Annual administration report of the Civil Veterinary Department of India - 1895-1896
Year: 1895
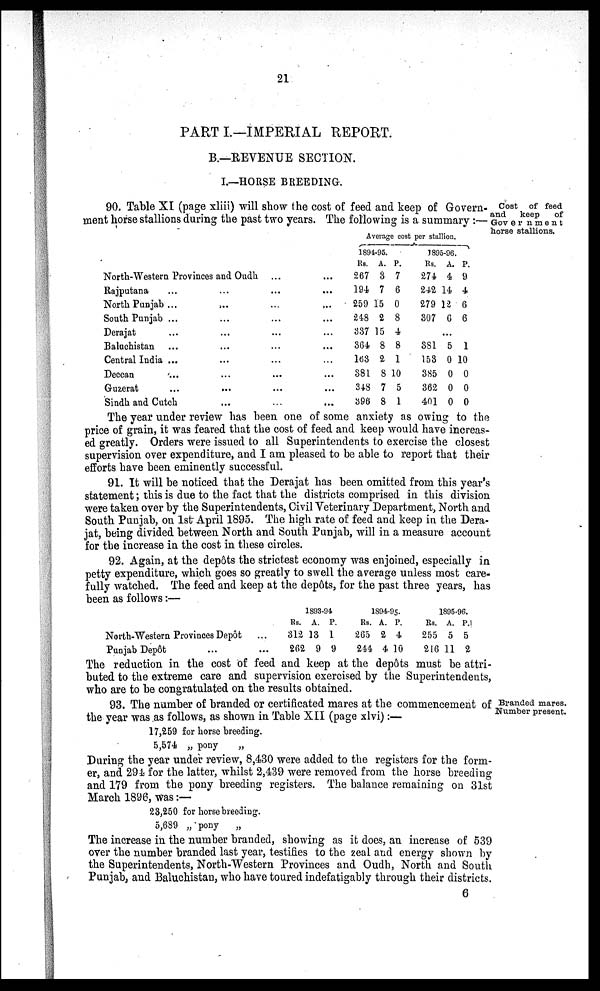
21
PART I.—IMPERIAL REPORT.
B.—REVENUE SECTION.
I.—HORSE BREEDING.
Cost of feed
and keep of
Government
horse stallions.
90. Table XI (page xliii) will show the cost of feed and keep of Govern-
ment horse stallions during the past two years. The following is a summary:—
North-Western Provinces and Oudh ... ...
Rajputana ... ... ... ...
North Punjab ... ... ... ...
South Punjab ... ... ... ...
Derajat ... ... ... ...
Baluchistan ... ... ... ...
Central India ... ... ... ...
Deccan ... ... ... ...
Guzerat ... ... ... ...
Sindh and Cutch ... ... ... ...
Average cost per stallion.
1894-95.
Rs.
267
194
259
248
337
364
163
381
348
396
A.
3
7
15
2
15
8
2
8
7
8
P.
7
6
0
8
4
8
1
10
5
1
1895-96.
Rs.
274
242
279
307
A.
4
14
12
6
P.
9
4
6
6
...
381
153
385
362
401
5
0
0
0
0
1
10
0
0
0
The year under review has been one of some anxiety as owing to the
price of grain, it was feared that the cost of feed and keep would have increas-
ed greatly. Orders were issued to all Superintendents to exercise the closest
supervision over expenditure, and I am pleased to be able to report that their
efforts have been eminently successful.
91. It will be noticed that the Derajat has been omitted from this year's
statement; this is due to the fact that the districts comprised in this division
were taken over by the Superintendents, Civil Veterinary Department, North and
South Punjab, on 1st April 1895. The high rate of feed and keep in the Dera-
jat, being divided between North and South Punjab, will in a measure account
for the increase in the cost in these circles.
92. Again, at the depôts the strictest economy was enjoined, especially in
petty expenditure, which goes so greatly to swell the average unless most care-
fully watched. The feed and keep at the depôts, for the past three years, has
been as follows:—
North-Western Provinces Depôt ...
Punjab Depôt ... ...
1893-94
Rs.
312
262
A.
13
9
P.
1
9
1894-95.
Rs.
265
244
A.
2
4
P.
4
10
1895-96.
Rs.
255
216
A.
5
11
P.
5
2
The reduction in the cost of feed and keep at the depôts must be attri-
buted to the extreme care and supervision exercised by the Superintendents,
who are to be congratulated on the results obtained.
Branded mares.
Number present.
93. The number of branded or certificated mares at the commencement of
the year was as follows, as shown in Table XII (page xlvi):—
17,259 for horse breeding.
5,574 „ pony
„
During the year under review, 8,430 were added to the registers for the form-
er, and 294 for the latter, whilst 2,439 were removed from the horse breeding
and 179 from the pony breeding registers. The balance remaining on 31st
March 1896, was:—
23,250 for horse breeding.
5,689 „ pony
„
The increase in the number branded, showing as it does, an increase of 539
over the number branded last year, testifies to the zeal and energy shown by
the Superintendents, North-Western Provinces and Oudh, North and South
Punjab, and Baluchistan, who have toured indefatigably through their districts.
6